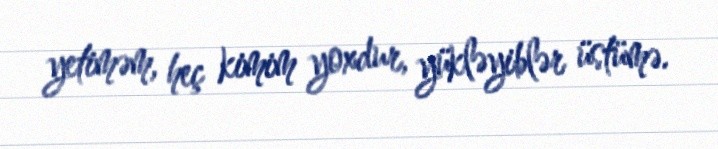
yetiməm, heç kimim yoxdur, yükləyiblər üstümə.